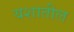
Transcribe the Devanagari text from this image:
यशातील